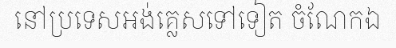
នៅប្រទេសអង់គ្លេសទៅទៀត ចំណែកឯ